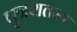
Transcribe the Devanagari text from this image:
पुत्रशतस्य